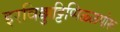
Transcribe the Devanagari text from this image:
इरविक्कुट्टिप्पिळ्ळपोरू